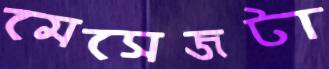
মেসেজটা